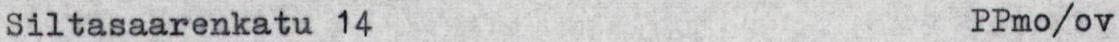
Siltasaarenkatu 14 PPmo/ov